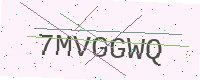
Text: 7MVGGWQ